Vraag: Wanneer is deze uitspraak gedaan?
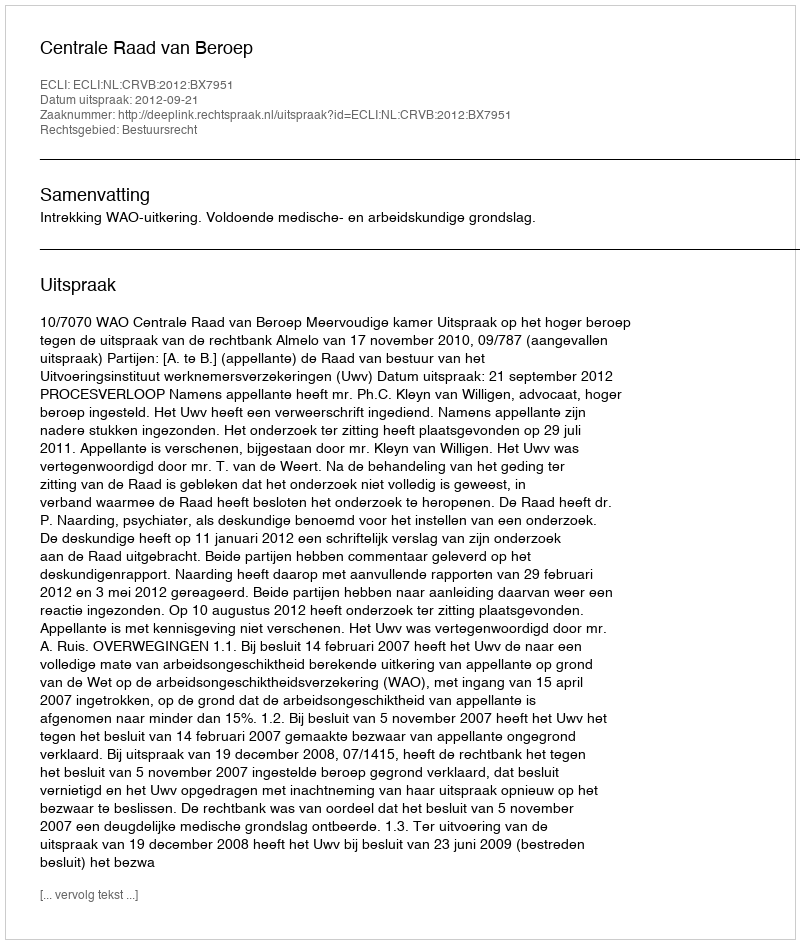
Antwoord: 2012-09-21